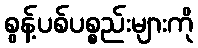
စွန့်ပစ်ပစ္စည်းများကို